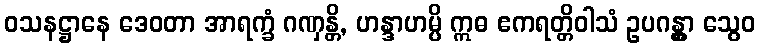
ဝသနဋ္ဌာနေ ဒေဝတာ အာရက္ခံ ဂဏှန္တိ, ဟန္ဒာဟမ္ပိ ဣဓ ဧကရတ္တိဝါသံ ဥပဂန္တွာ သွေဝ